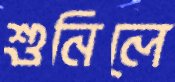
শুনিলে